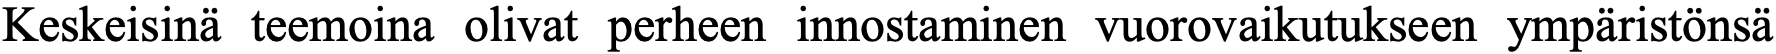
Keskeisinä teemoina olivat perheen innostaminen vuorovaikutukseen ympäristönsä